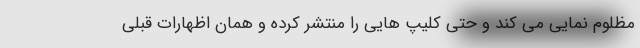
مظلوم نمایی می کند و حتی کلیپ هایی را منتشر کرده و همان اظهارات قبلی